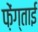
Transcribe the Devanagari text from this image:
फ़ेंग्ताई